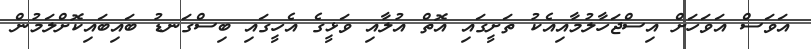
އަވަސް އަވަހަށް އިސްޖަހާލުމާއިއެކު ތަށީގައި އޮތް އުލާއި ވަޅީގެ އެހީގައި ބިސްގަނޑު ބައިބައިކޮށްލަމުން